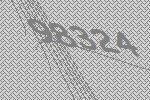
98324